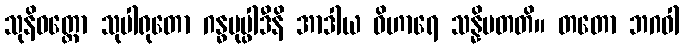
သုနိဝတ္ထော သုပါရုတော ဂန္ဓပုပ္ဖါဒီနိ အာဒါယ ဝိဟာရေ သန္နိပတတိ။ တတော ဘဂဝါ